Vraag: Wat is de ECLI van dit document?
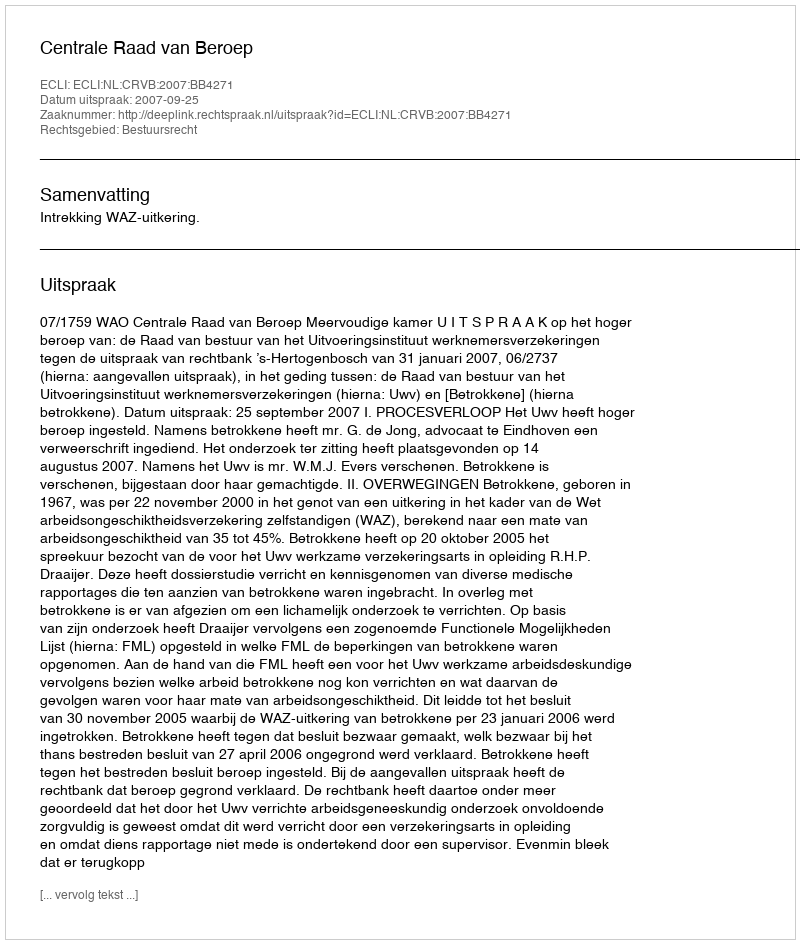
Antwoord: ECLI:NL:CRVB:2007:BB4271